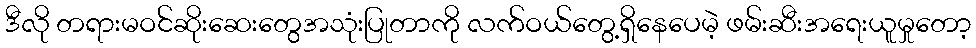
ဒီလို တရားမဝင်ဆိုးဆေးတွေအသုံးပြုတာကို လက်ဝယ်တွေ့ရှိနေပေမဲ့ ဖမ်းဆီးအရေးယူမှုတော့